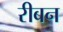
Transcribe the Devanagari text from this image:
रीबन